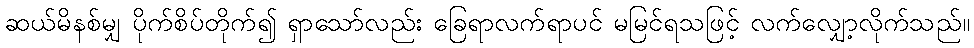
ဆယ်မိနစ်မျှ ပိုက်စိပ်တိုက်၍ ရှာသော်လည်း ခြေရာလက်ရာပင် မမြင်ရသဖြင့် လက်လျှော့လိုက်သည်။